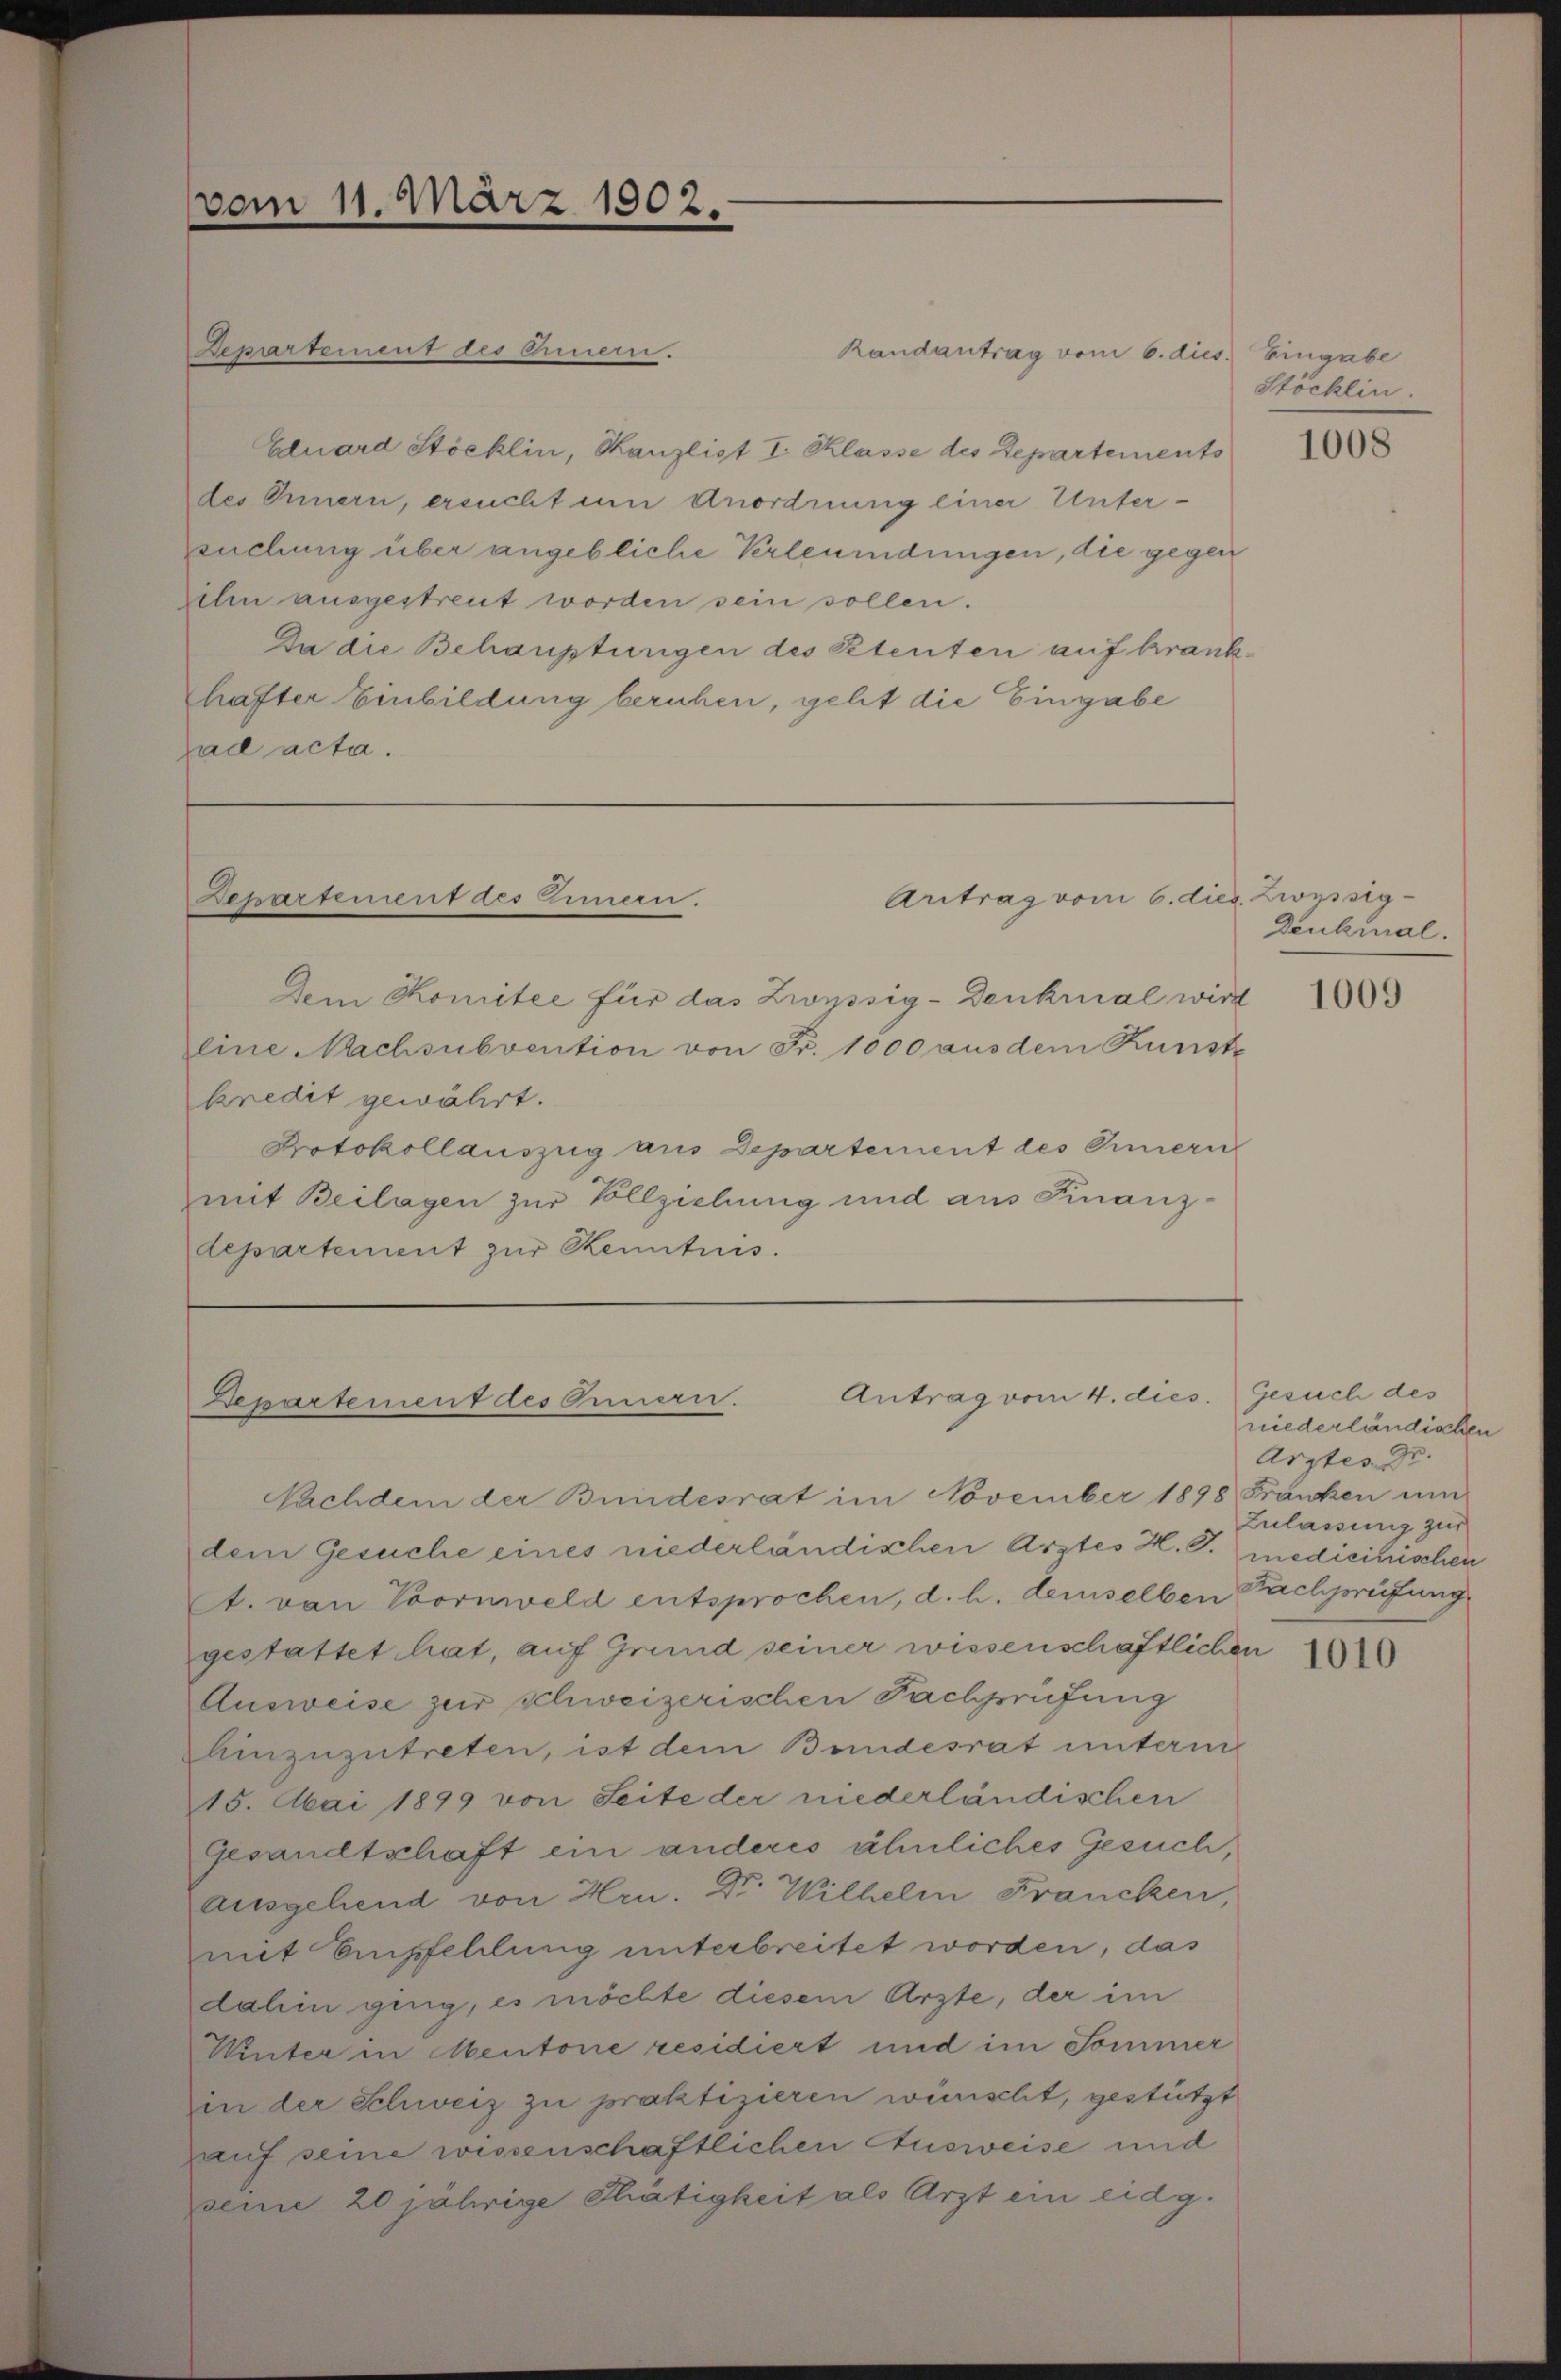
vom 11. März 1902.

Randantrag vom 6. dies
Eduard Stöcklin, Kanzlist I. Klasse des Departements
des Innern, ersucht um Anordnung einer Unterxuchung über angebliche Verleumdungen, die gegen
zehn ausgestreut worden sein sollen.
Da die Behauptungen des Retenten auf krankhafter Einbildung beruhen, geht die Eingabe
zad acta.

Departement des Armern.

Departement des Innern.

Dem Komitee für das Zwyssig-Denkmal wird
eine Nachsubvention von Fr. 1000 aus dem Kunste
kredit gewährt.
Protokollauszug aus Departement des Innern
mit Beilagen zur Vollziehung und aus Finanz-
departement zŭr Kenntnis.

Aritrag vom 6. dies Zinssig¬

Antrag vom 4. dies. Gesuch des
Departement des Innern.

Nachdem der Bundesrat im November 1898 Franken um
dem Gesuche eines niederländischen Arztes H. T. medicinischen
. van Voornweld entsprochen, d. h. demselben Fachpreifung
gestattet hat, auf Grund seiner wissenschaftlichen
Ausweise zur schweizerischen Fachprüfung
Einzuzutreten, ist dem Bundesrat unterm
15. Mai 1899 von Seite der niederländischen
gesandtschaft ein anderes ähnliches Gesuch,
ausgehend von Hrn. Dr. Wilhelm Francken,
mit Empfehlung unterbreitet worden, das
dahin ging, es möchte diesem Arzte, der im
Winter in Mentone residiert und im Sommer
in der Schweiz zu praktizieren wünscht, gestützt
auf seine wissenschaftlichen Ausweise und
seine 20 jährige Thätigkeit als Arzt ein eidg.

Eingabe
Stöcklin.

1008

Denkunal.

1009

niederländischen
Arztes Dr.
Zulassung zur

1010